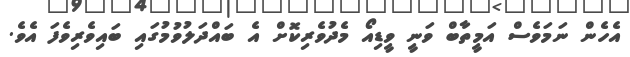
އެހެން ނަމަވެސް އަމީތާބް ވަނީ ވީޑިއޯ މެދުވެރިކޮށް އެ ބައްދަލުވުމުގައި ބައިވެރިވެފަ އެވެ.